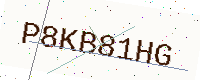
Text: P8KB81HG